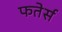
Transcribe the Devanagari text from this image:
फतेर्स